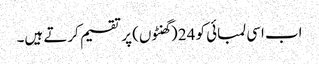
اب اسی لمبائی کو 24 (گھنٹوں) پر تقسیم کرتے ہیں۔